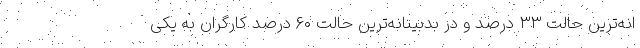
انه‌ترین حالت ۳۳ درصد و در بدبینانه‌ترین حالت ۶۰ درصد کارگران به یکی